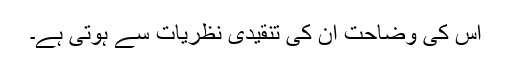
اس کی وضاحت ان کی تنقیدی نظریات سے ہوتی ہے۔